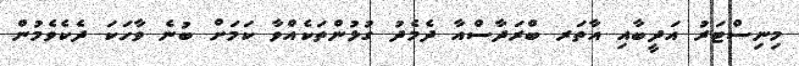
މިނިސްޓަރު އަދީބާއި އާތަރ ބްރަދާސްއާ ދެމެދު ގުޅުންތަކެއްވާ ކަމަށް ބުނެ ވާހަކަ ދެކެވެމުން